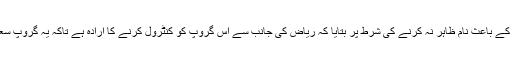
بینکنگ اور صنعتی ذرائع نے سیاسی اور تجارتی معاملات کے باعث نام ظاہر نہ کرنے کی شرط پر بتایا کہ ریاض کی جانب سے اس گروپ کو کنٹرول کرنے کا ارادہ ہے تاکہ یہ گروپ سعودی عرب میں ترقیاتی منصوبوں پر کام جاری رکھ سکے۔